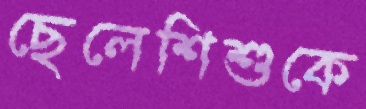
ছেলেশিশুকে